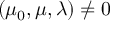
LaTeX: ( \mu _ { 0 } , \mu , \lambda ) \neq 0